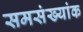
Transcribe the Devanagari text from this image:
समसंख्यांक